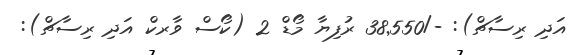
އަދި ރިސާޗް): -/38